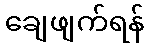
ချေဖျက်ရန်